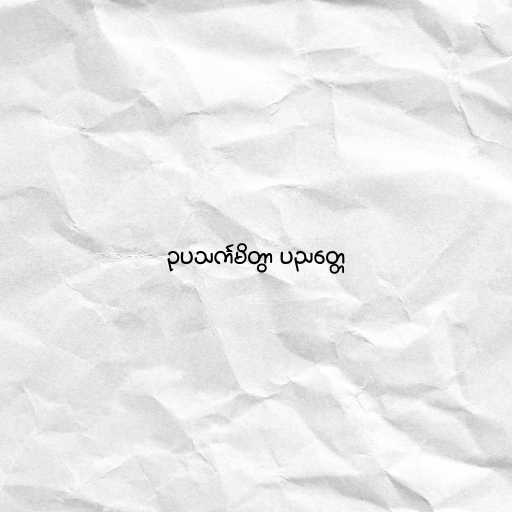
ဥပသင်္ကမိတွာ ပညတ္တေ